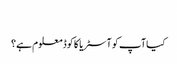
‬
‫کیا آپ کو آسٹریا کا کوڈ معلوم ہے؟